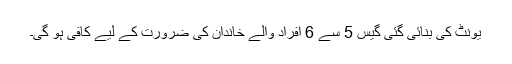
یونٹ کی بنائی گئی گیس 5 سے 6 افراد والے خاندان کی ضرورت کے لیے کافی ہو گی۔